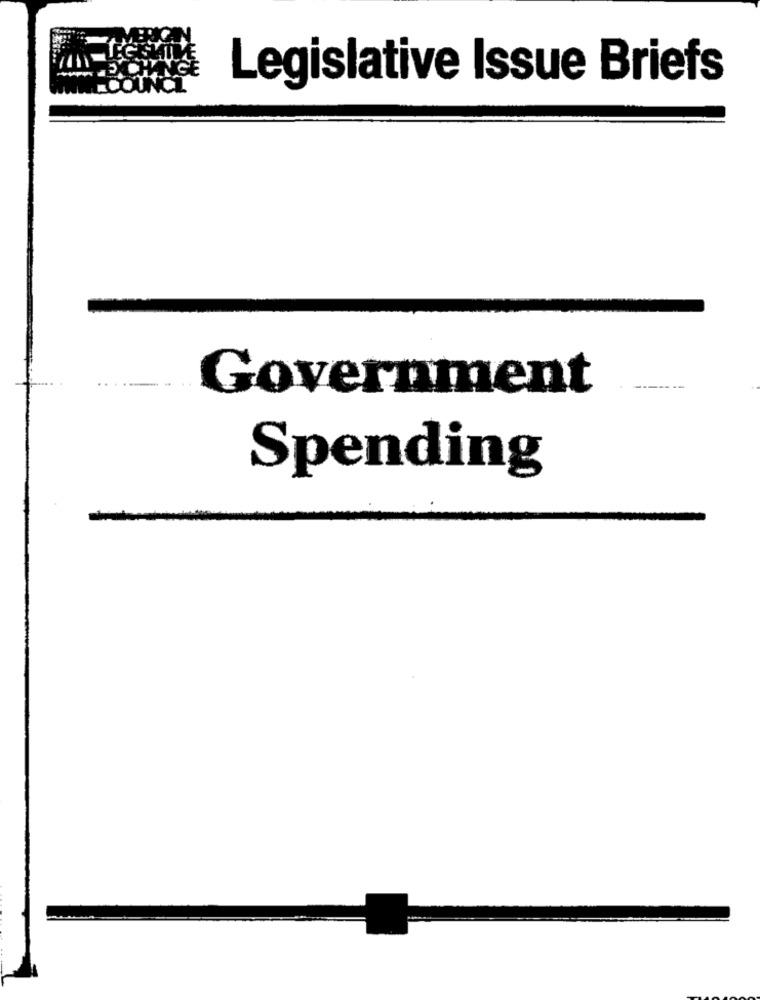
Legislative Issue Briefs
Government
Spending